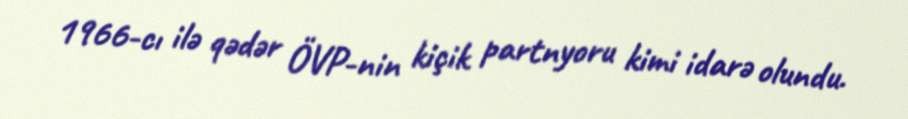
1966-cı ilə qədər ÖVP-nin kiçik partnyoru kimi idarə olundu.